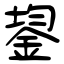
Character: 鋆